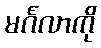
မင်္ဂလာကို